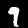
Digit: 9